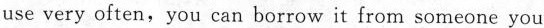
use very often,you can borrow it from someone you